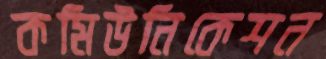
কমিউনিকেশন